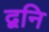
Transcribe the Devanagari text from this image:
द्वनि